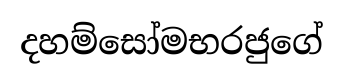
දහම්සෝමභරජුගේ